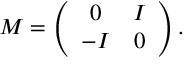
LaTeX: M = \left( \begin{array} { c c } { { 0 } } & { { I } } \\ { { - I } } & { { 0 } } \end{array} \right) .